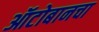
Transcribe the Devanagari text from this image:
ऑटोबानचा